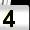
Digit: 4